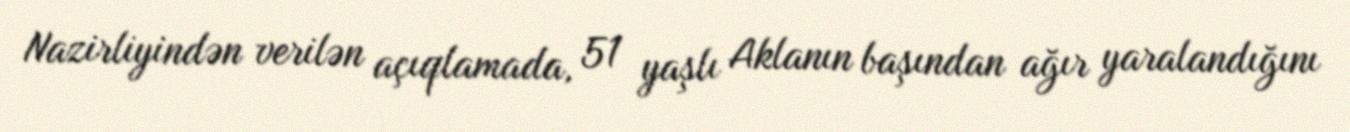
Nazirliyindən verilən açıqlamada, 51 yaşlı Aklanın başından ağır yaralandığını